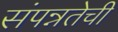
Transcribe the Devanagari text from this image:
संपन्नतेची